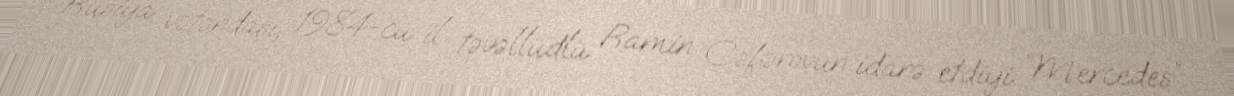
Rusiya vətəndaşı, 1984-cü il təvəllüdlü Ramin Cəfərovun idarə etdiyi “Mercedes”